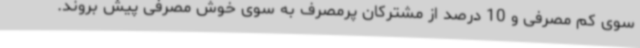
سوی کم مصرفی و 10 درصد از مشترکان پرمصرف به سوی خوش مصرفی پیش بروند.